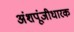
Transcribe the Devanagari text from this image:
अंशपूंजीधारक